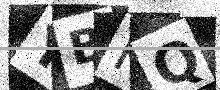
Text: YBHQ